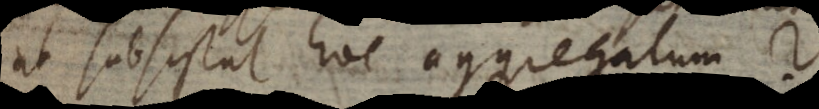
ut subsistat hoc aggregatum?